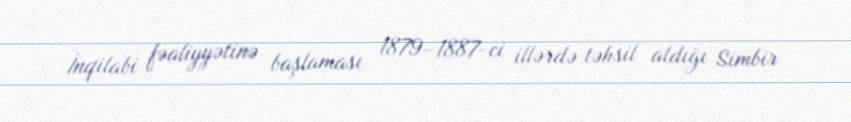
İnqilabi fəaliyyətinə başlaması 1879–1887-ci illərdə təhsil aldığı Simbir